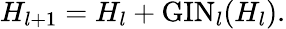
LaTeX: H_{l+1}=H_{l}+\mathrm{GIN}_{l}(H_{l}).